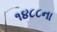
૧૪૮૮ના